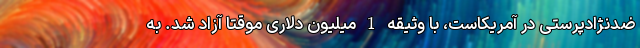
ضدنژادپرستی در آمریکاست، با وثیقه 1 میلیون دلاری موقتا آزاد شد. به